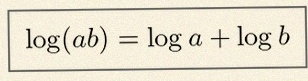
\log(ab)=\log a+\log b